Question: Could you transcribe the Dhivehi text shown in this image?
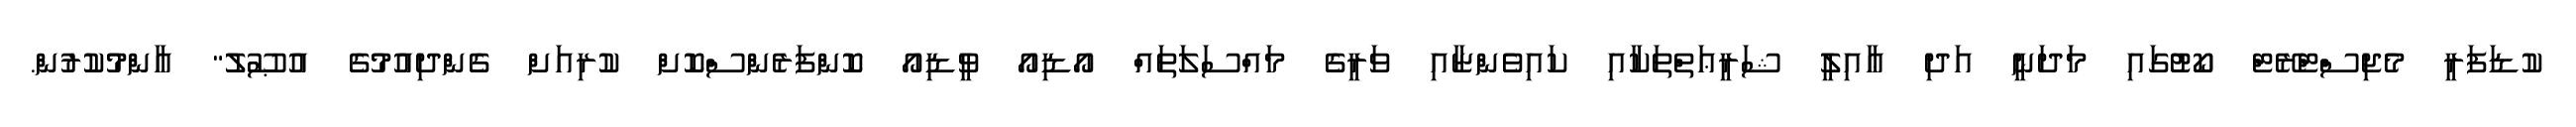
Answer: ކުޑަފަރީ މެޖިސްޓްރޭޓް ކޯޓުގައި މަދަނީ އަދި ޢާއިލީ ޝަރީޢަތްތަކާއި ކައިވެންޏާއި ވަރީގެ މައްސަލަތައް އޯޑިއޯ ވީޑިއޯ ކޮންފަރެންސްކޮށް ކުރިއަށް ގެންދިއުމުގެ އުޞޫލު" އާންމުކުރުން.